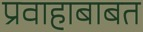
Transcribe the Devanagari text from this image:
प्रवाहाबाबत